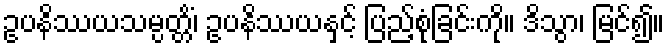
ဥပနိဿယသမ္ပတ္တိံ၊ ဥပနိဿယနှင့် ပြည့်စုံခြင်းကို။ ဒိသွာ၊ မြင်၍။